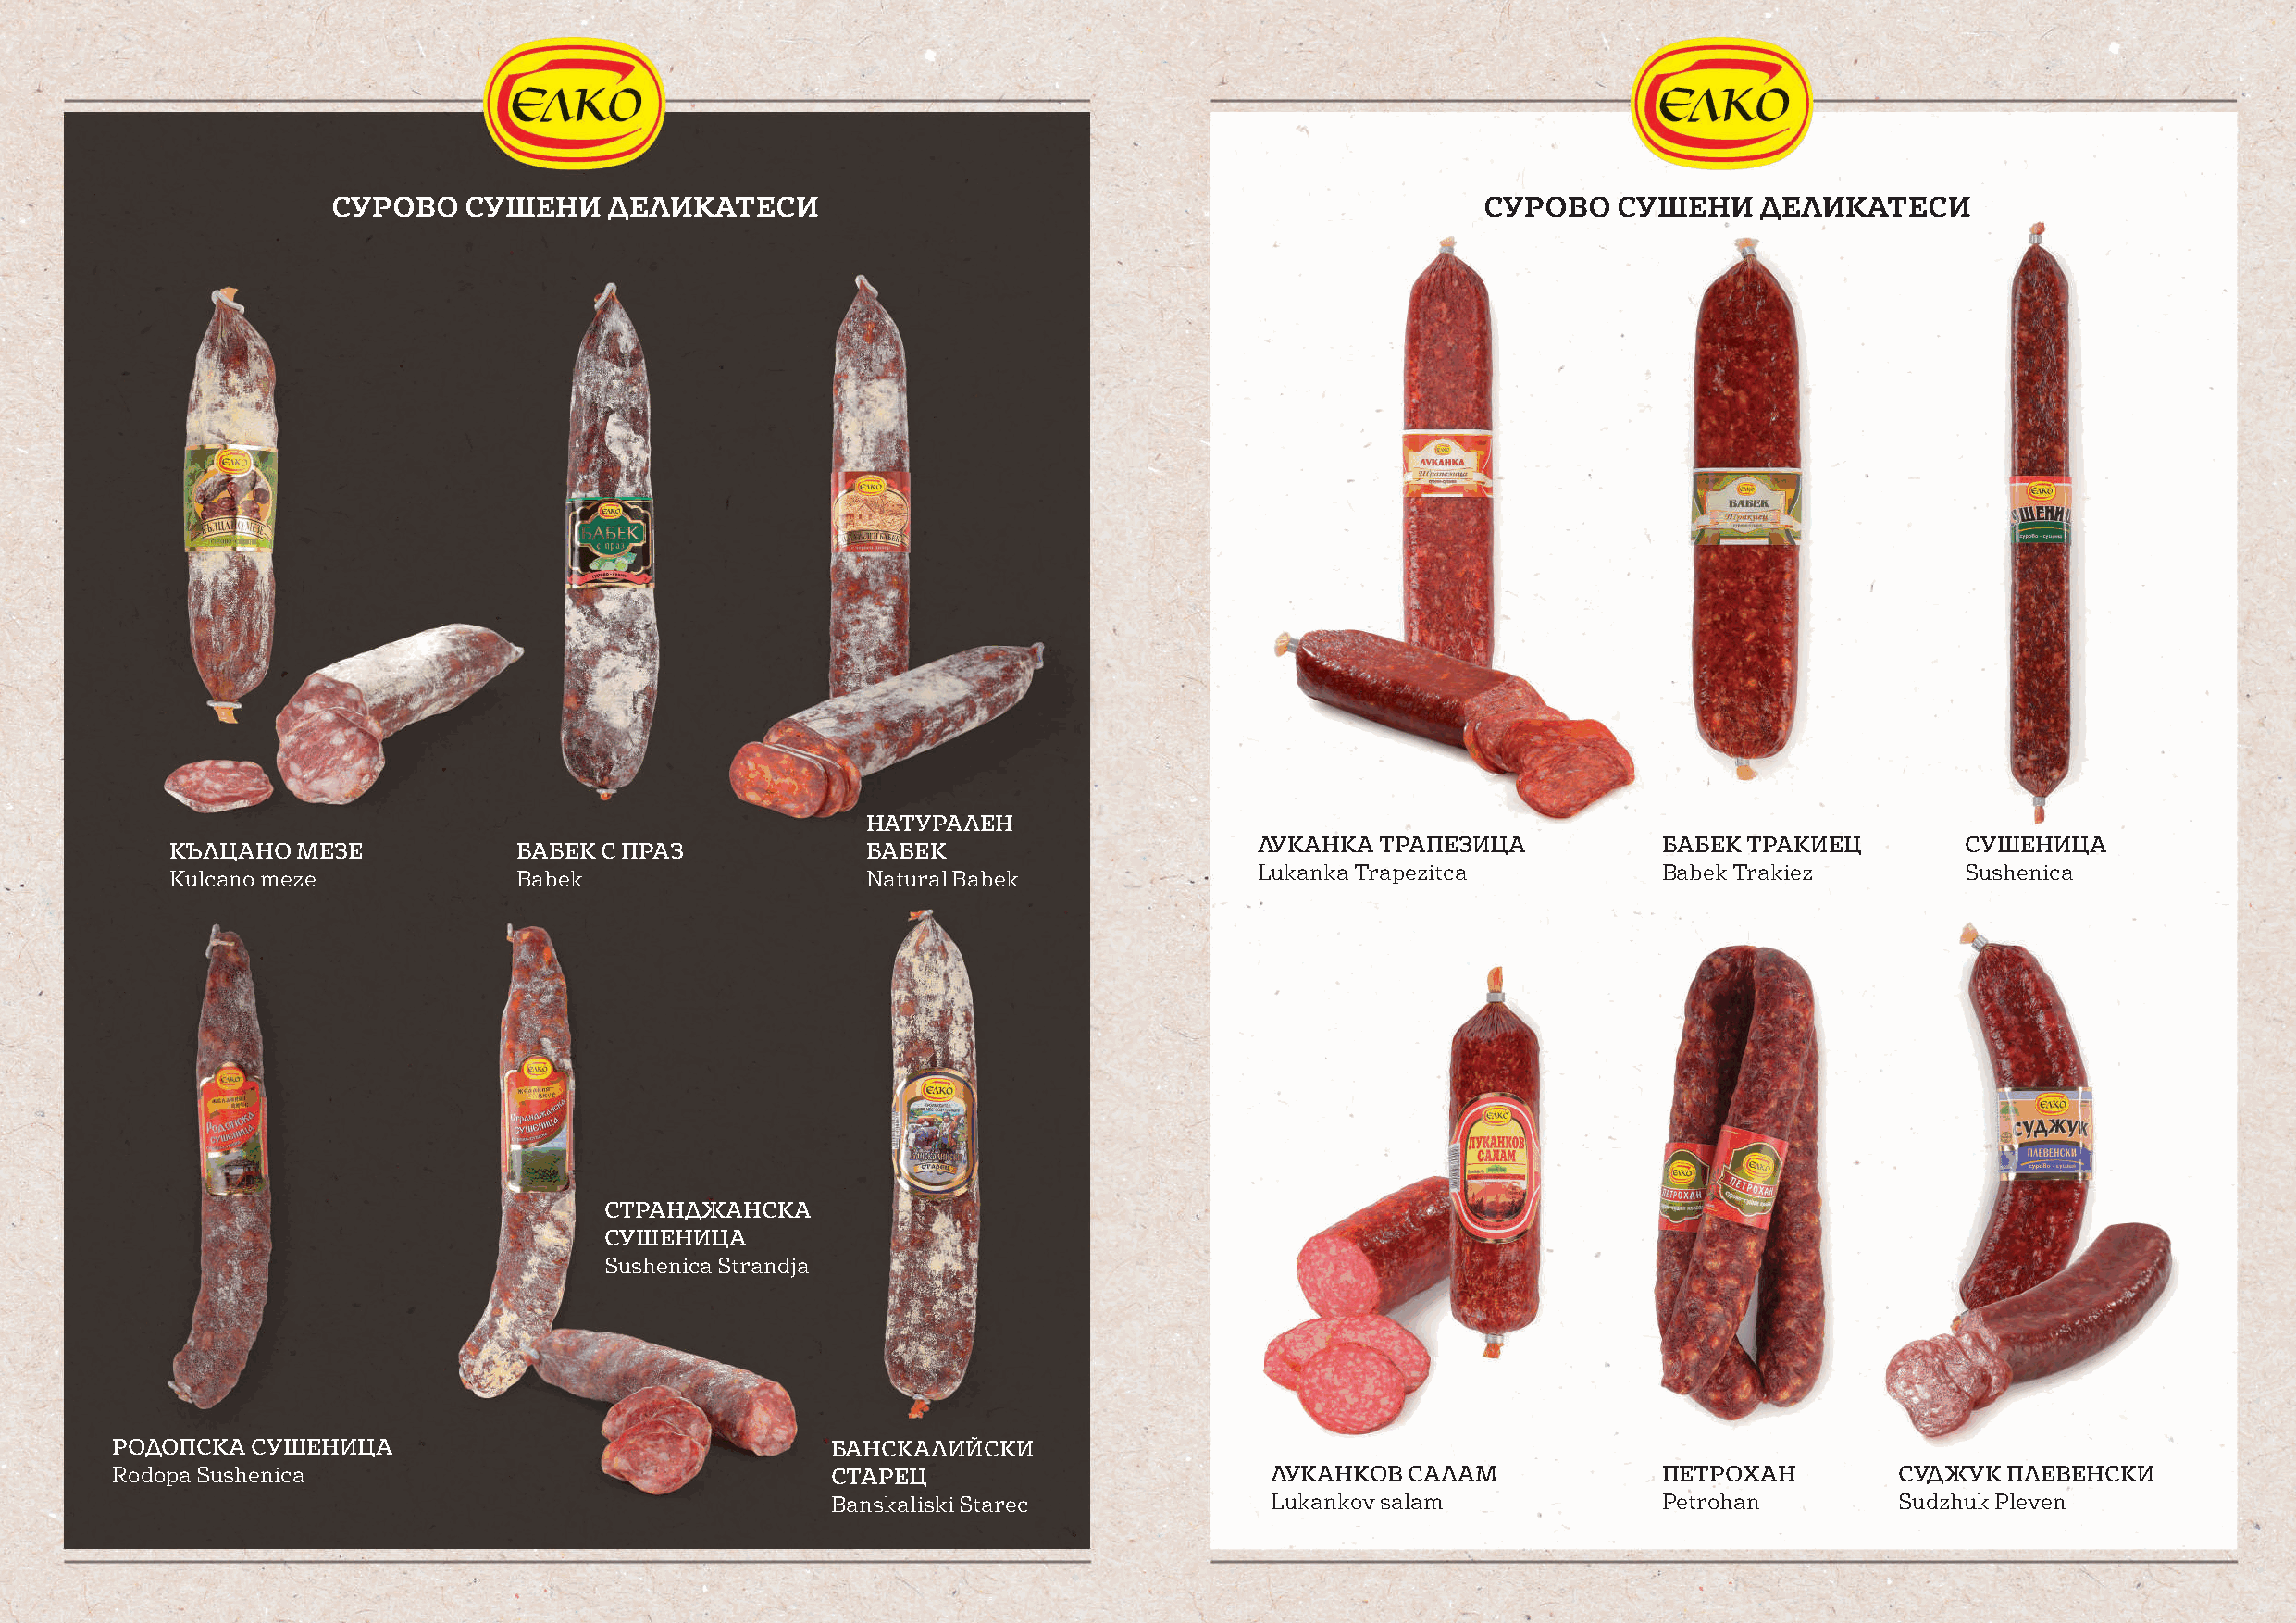
СУРОВО   СУШЕНИ     ДЕЛИКАТЕСИ                                                    СУРОВО    СУШЕНИ    ДЕЛИКАТЕСИ
 НАТУРАЛЕН
 ЛУКАНКА  ТРАПЕЗИЦА           БАБЕК ТРАКИЕЦ         СУШЕНИЦА
 КЪЛЦАНО  МЕЗЕ            БАБЕК С ПРАЗ             БАБЕК
 Lukanka Trapezitca           Babek Trakiez         Sushenica
 Kulcano meze             Babek                    Natural Babek
 СТРАНДЖАНСКА
 СУШЕНИЦА
 Sushenica Strandja
 РОДОПСКА  СУШЕНИЦА                                 БАНСКАЛИЙСКИ
 Rodopa Sushenica                                   СТАРЕЦ                          ЛУКАНКОВ  САЛАМ             ПЕТРОХАН         СУДЖУК ПЛЕВЕНСКИ
 Banskaliski Starec              Lukankov salam              Petrohan         Sudzhuk Pleven